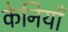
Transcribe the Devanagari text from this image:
केनियाँ